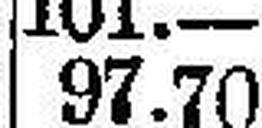
97.70